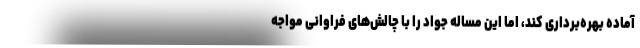
آماده بهره‌برداری کند، اما این مساله جواد را با چالش‌های فراوانی مواجه